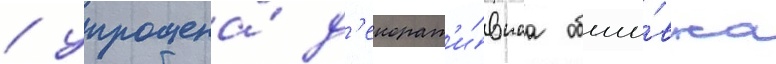
/ упрощена́ д'екорат'и́внаа обши́вка